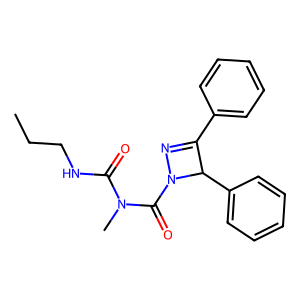
SMILES: CCCNC(=O)N(C)C(=O)N1N=C(c2ccccc2)C1c1ccccc1
Inhibits HIV replication: No